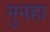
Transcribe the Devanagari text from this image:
नुनहा